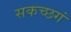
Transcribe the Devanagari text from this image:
सकच्छगं